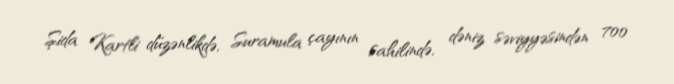
Şida Kartli düzənlikdə, Suramula çayının sahilində, dəniz səviyyəsindən 700